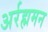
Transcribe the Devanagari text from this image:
अर्रह्ममन